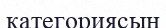
категориясын